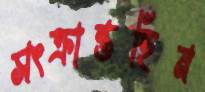
সংক্রান্তহিন